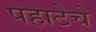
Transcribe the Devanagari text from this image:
पहाटेचे